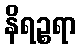
နိရဉ္စရာ